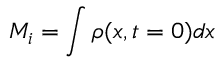
M _ { i } = \int \rho ( x , t = 0 ) d x